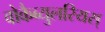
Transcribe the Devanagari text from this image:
वोकैब्युलरियस्